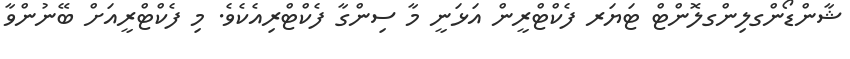
ޝާންޑޯންގލިންގލޮންޓް ޓަޔަރ ފެކްޓްރީން އަޅަނީ މާ ސިންގާ ފެކްޓްރިއެކެވެ. މި ފެކްޓްރީއަށް ބޭނުންވާ